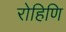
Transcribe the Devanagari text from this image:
रोहिणि